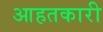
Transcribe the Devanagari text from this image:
आहतकारी